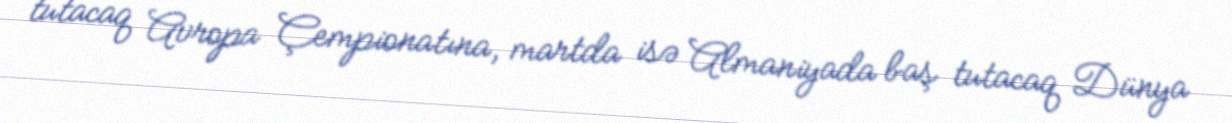
tutacaq Avropa Çempionatına, martda isə Almaniyada baş tutacaq Dünya